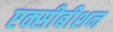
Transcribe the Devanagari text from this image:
एक्सीबीशन